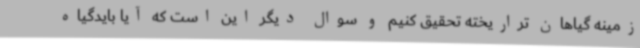
زمینه گیاهان تراریخته تحقیق کنیم و سوال دیگر این است که آیا بایدگیاه